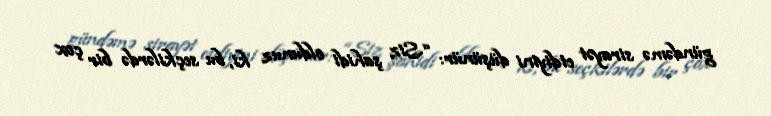
gündəmə sirayət etdiyini düşünür: “Siz şahidi oldunuz ki, bu seçkilərdə bir çox